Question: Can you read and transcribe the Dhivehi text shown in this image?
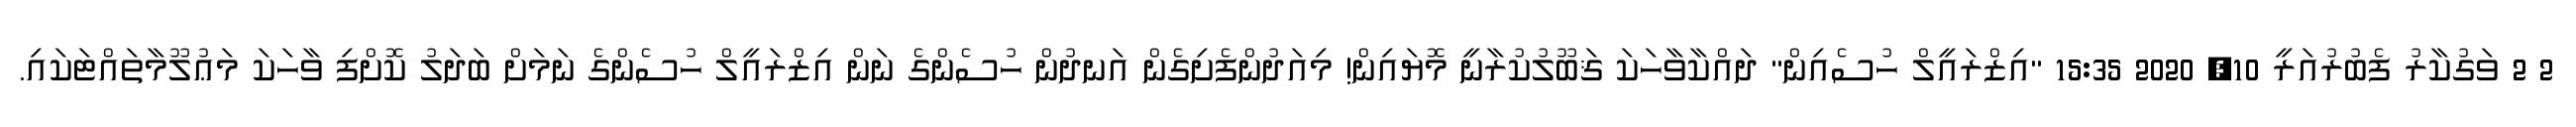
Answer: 2 2 ވަގުކާރު ފެބުރުއަރީ 10, 2020 15:35 "އިޒްރައީލް ހުސެއިން" ދައްކާވާހަކަ ޤަބޫލުކުރާނީ މޮޔައިން! މިއަދުންފެށިގެން އަނދުން ހުސެންގެ ނަން އިޒްރައީލް ހުސެންގެ ނަމަށް ބަދަލު ކޮށްފި ވާހަކަ މަޢުލޫމާތައްޓަކައި.